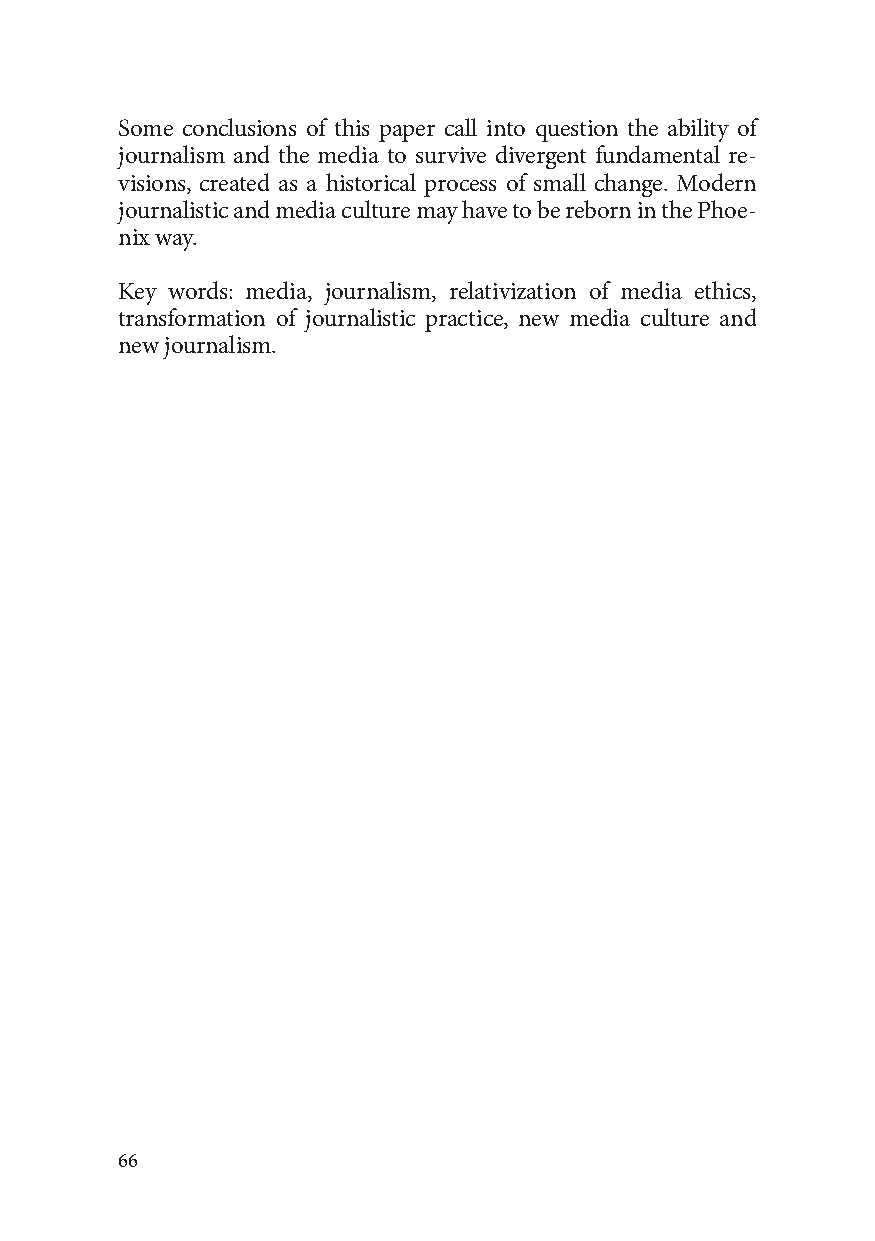
Some conclusions of this paper call into question the ability of
 journalism and the media to survive divergent fundamental re-
 visions, created as a historical process of small change. Modern
 journalistic and media culture may have to be reborn in the Phoe-
 nix way.
 Key words: media, journalism, relativization of media ethics,
 transformation of journalistic practice, new media culture and
 new journalism.
 66